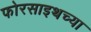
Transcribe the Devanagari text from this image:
फोरसाइथच्या